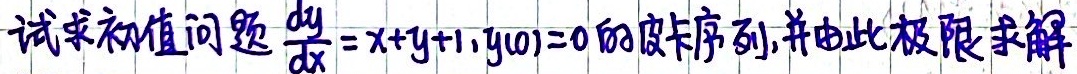
试求初值问题$\frac{dy}{dx} = x + y + 1, y(0) = 0$的皮卡序列,并由此极限求解